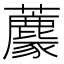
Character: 𧄟